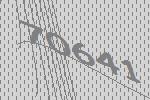
70641